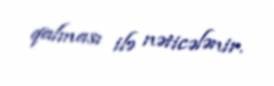
qalması ilə nəticələnir.